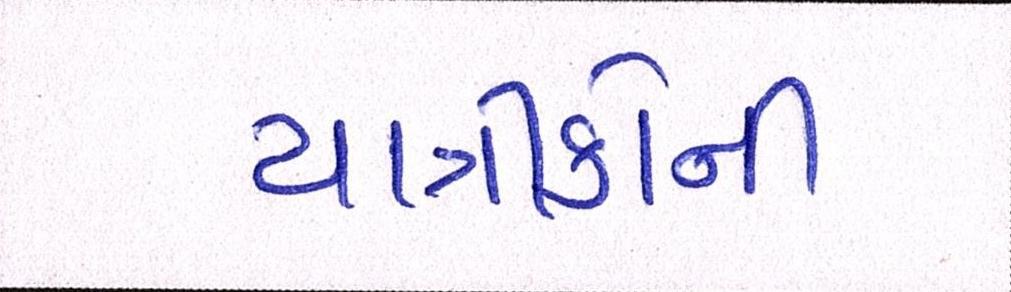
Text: યાત્રીકોની